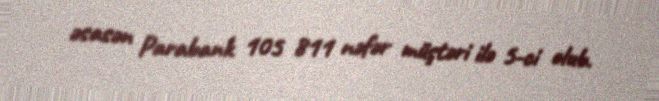
əsasən Parabank 105 811 nəfər müştəri ilə 5-ci olub.